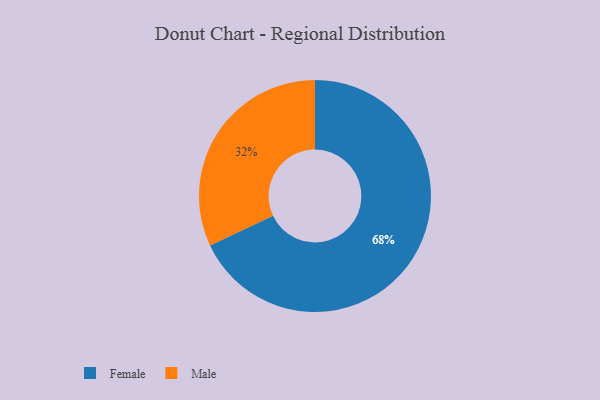
{"axis": {"x": "Category", "y": "Percentage"}, "legend": ["Female", "Male"], "data": [{"x": "Male", "y": 32, "type": "Male"}, {"x": "Female", "y": 68, "type": "Female"}]}